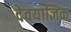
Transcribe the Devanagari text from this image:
देवयाज्ञिक